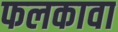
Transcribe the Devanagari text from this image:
फलकावा